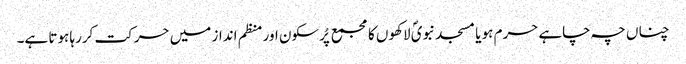
چناں چہ چاہے حرم ہو یا مسجد نبویؐ لاکھوں کا مجمع پُرسکون اور منظم انداز میں حرکت کررہا ہوتا ہے۔